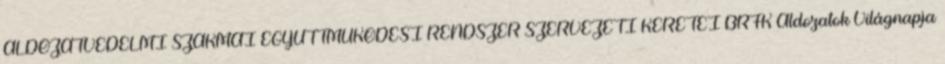
ÁLDOZATVÉDELMI SZAKMAI EGYÜTTMŰKÖDÉSI RENDSZER SZERVEZETI KERETEI BRFK Áldozatok Világnapja